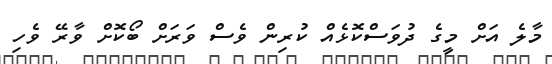
މާލެ އަށް މީގެ ދުވަސްކޮޅެއް ކުރިން ވެސް ވަރަށް ބޯކޮށް ވާރޭ ވެހި